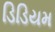
ડિડિયમ